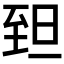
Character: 𦤾